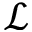
\mathcal { L }